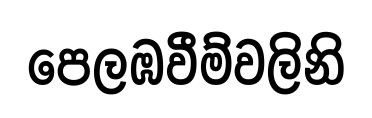
පෙලඹවීම්වලිනි